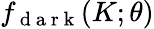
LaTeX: f_{\mathrm{~d~a~r~k~}}(K;\theta)